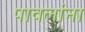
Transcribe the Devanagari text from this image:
पावलांना